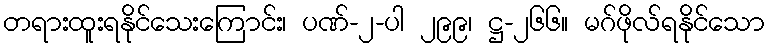
တရားထူးရနိုင်သေးကြောင်း၊ ပဏ်-၂-ပါ ၂၉၉၊ ဋ္ဌ-၂၆၆။ မဂ်ဖိုလ်ရနိုင်သော